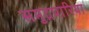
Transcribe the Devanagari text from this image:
समुद्रपारिया